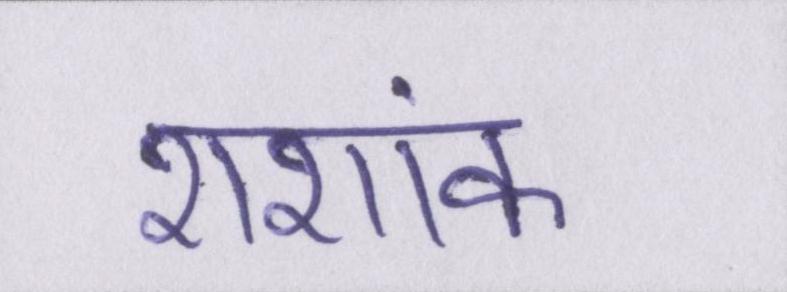
शशांक